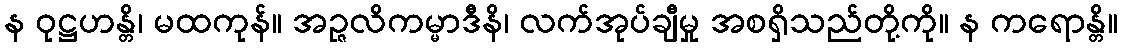
န ဝုဋ္ဌဟန္တိ၊ မထကုန်။ အဉ္ဇလိကမ္မာဒီနိ၊ လက်အုပ်ချီမှု အစရှိသည်တို့ကို။ န ကရောန္တိ။